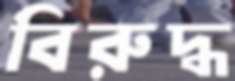
বিরুদ্ধ